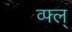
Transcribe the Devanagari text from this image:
व्फ्ल्